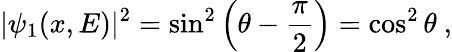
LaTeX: |\psi_{1}(x,E)|^{2}=\sin^{2}\left(\theta-\frac{\pi}{2}\right)=\cos^{2}\theta\ ,